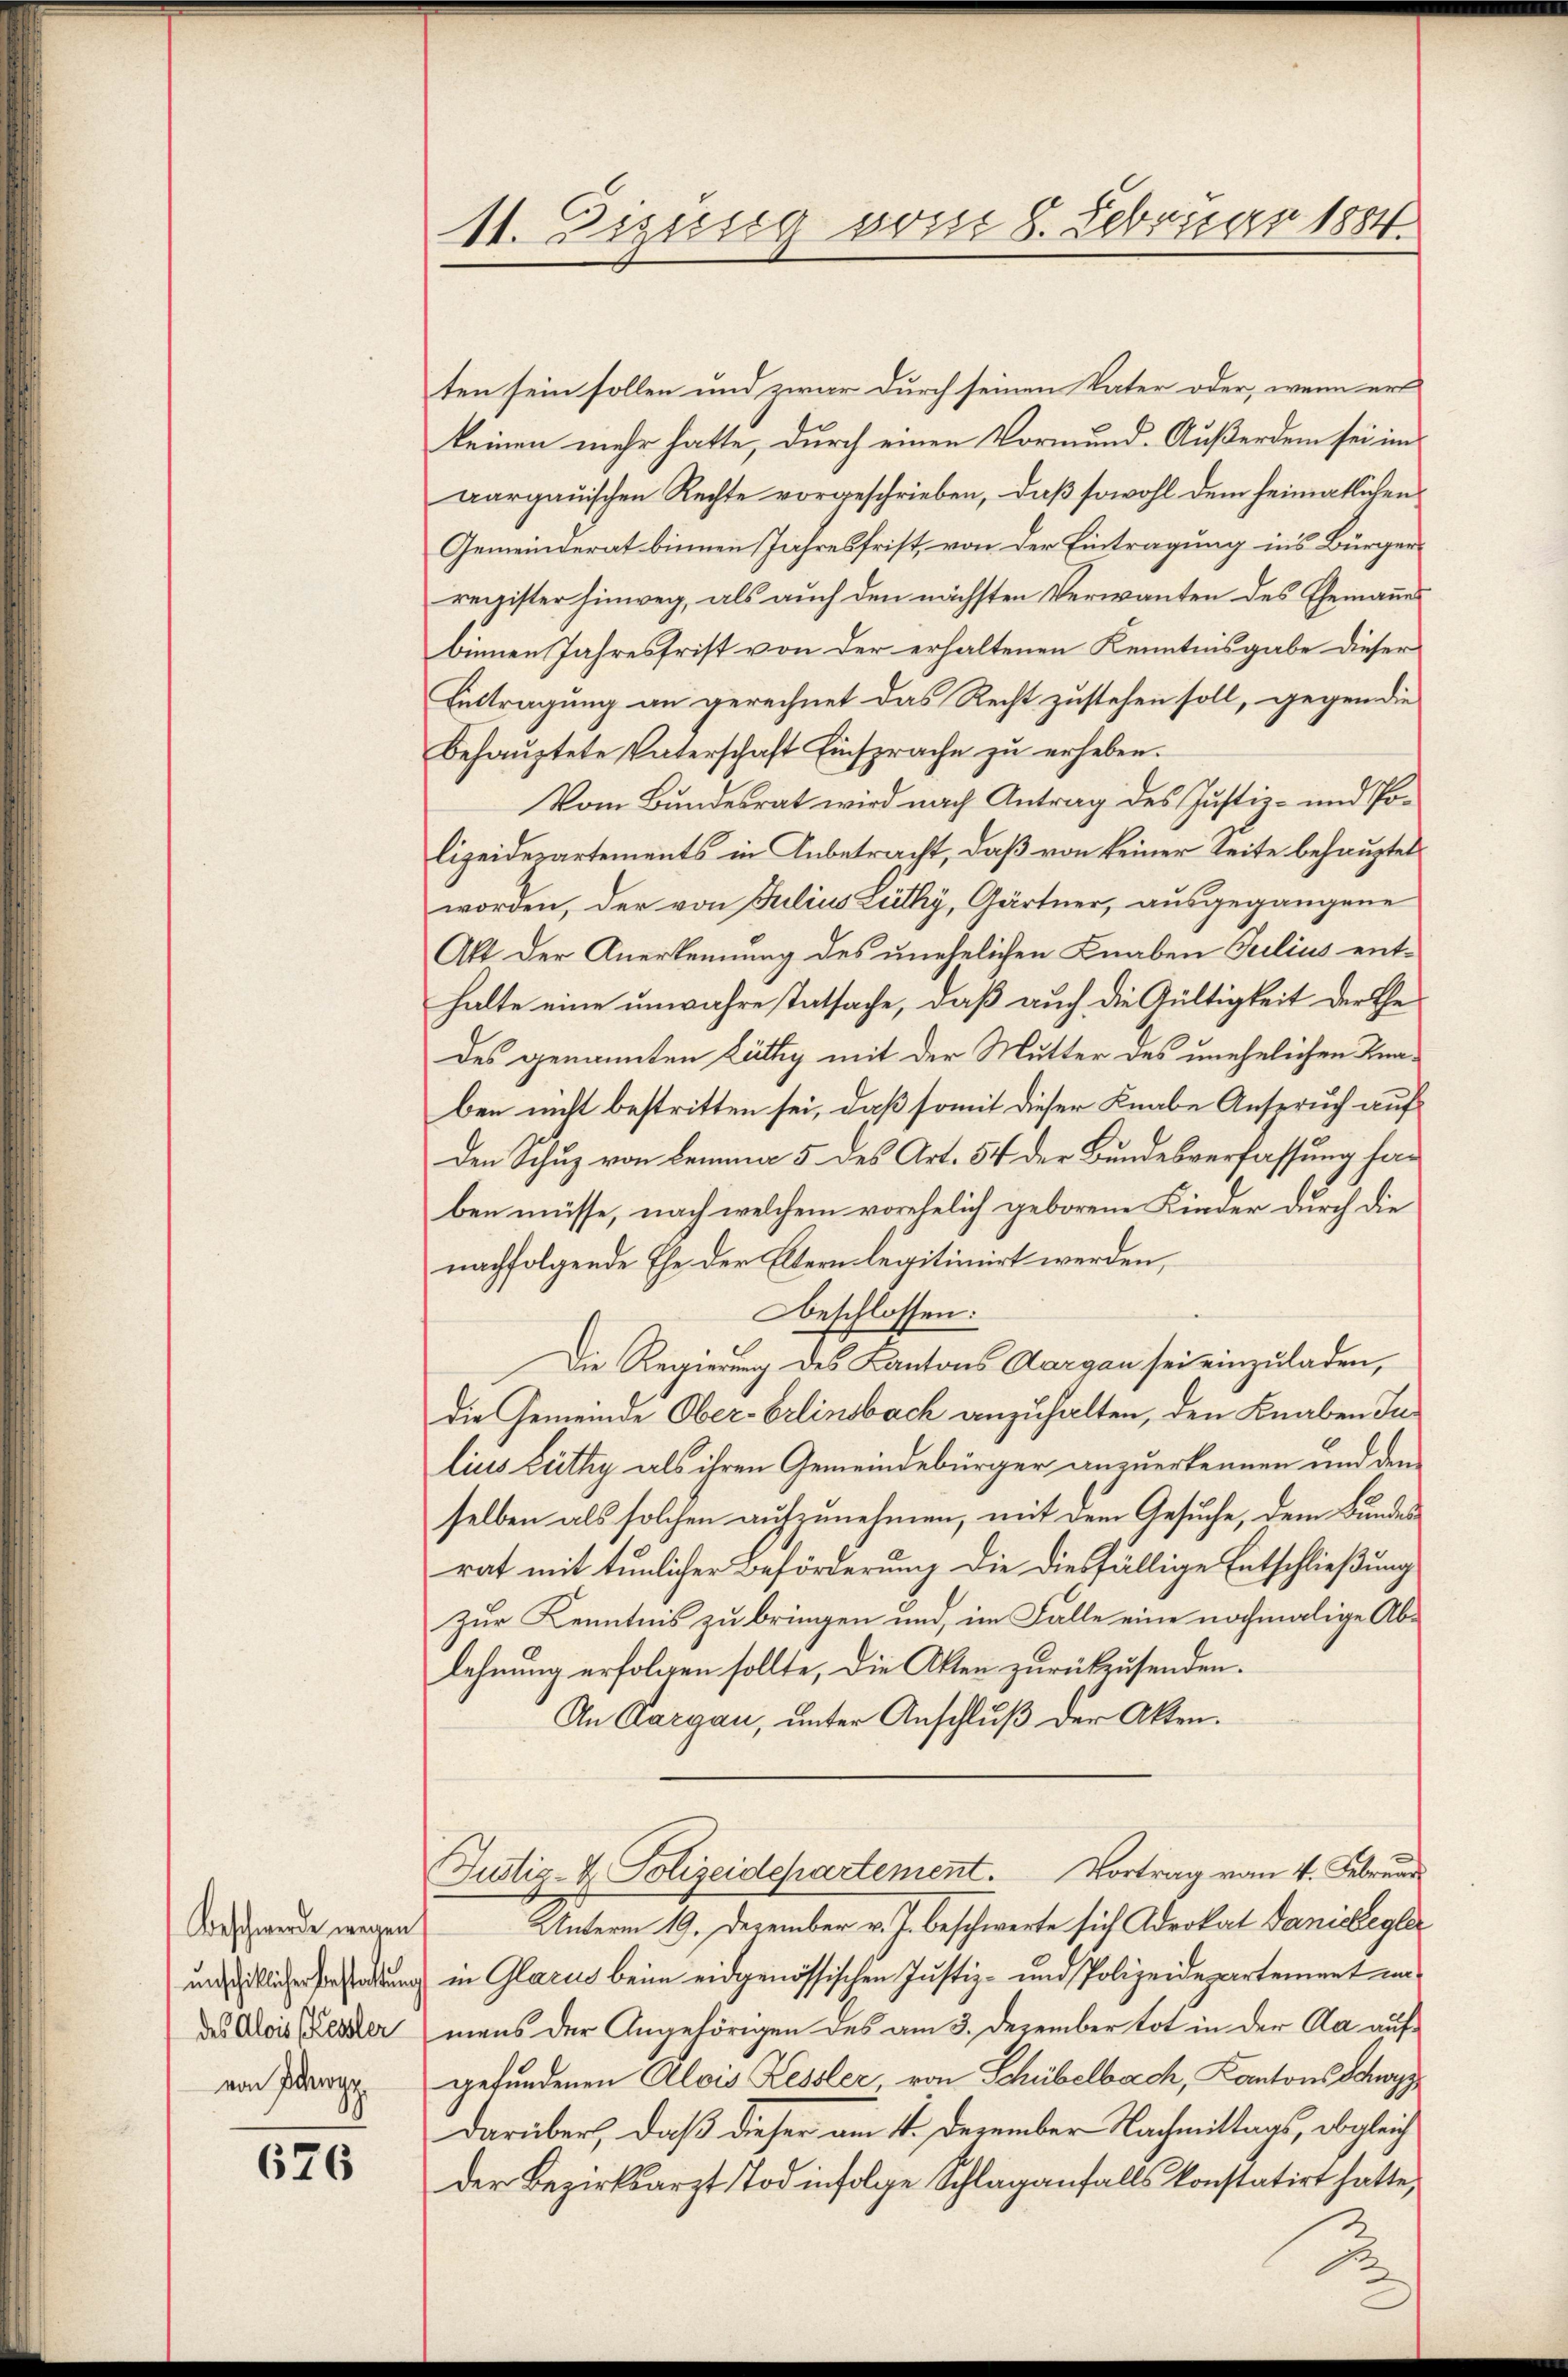
Beschwerde wegen
unschiklicher Bestattung
des Alois Kessler
von Schwyz

676

11. Eigung vom 8. Februar 1884.

ten sein sollen und zwar durch seinen Vater oder, wenn ert
keinen mehr hatte, durch einen Vormund-Außerdem sei im
aargauischen Rechte vorgeschrieben, daß sowohl dem heimatlichen
Gemeinderat binnen Jahresfrist, von der Eintragung in’s Bürgerregister hinweg, als auch den nächsten Verwanten des Ehemannes
bennen Jahresfrist von der erhaltenen Kenntnisgabe dieser
Enttragung an gerechnet das Recht zustehen soll, gegen die
behaŭptete Vaterschaft Einsprache zŭ erheben.
Vom Bundesrat wird nach Antrag des Justiz- und Polizeidepartements in Anbetracht, daß von keiner Seite behauptet
worden, der von Julius Lüthy, Gärtner, ausgegangene
Akt der Anerkennung des unehelichen Knaben Julius enthalte eine unwahre tatsache, daß auch die Gültigkeit der Ehe
des genannten Lüthy mit der Mutter des unehelichen Knaben nicht bestritten sei, daß somit dieser Knabe Anspruch auf
den Schuz von Lemma 5 des Art. 54 der Bundesverfassung haben müsse, nach welchem vorehelich geborene Kinder durch die
nachfolgende Ehe der Eltern legitimirt werden,
Beschlossen:
Die Regierung des Kantons Aargau sei einzuladen,
die Gemeinde Ober-Erlinsbach anzuhalten, den Knaben Ju
lius Lüthy als ihren Gemeindebürger anzuerkennen und den
selben als solchen aufzunehmen, mit dem Gesuche, dem Bundes
rat mit tunlicher Beförderung die diesfällige Entschließung
zur Kenntnis zu bringen und, im Falle eine nochmalige Ablehnung erfolgen sollte, die Akten zurückzusenden.
An Aargau, unter Anschluß der Akten.
Justiz- & Polizeidepartement. Vortrag vom 4. Februar
Unterm 19. Dezember v. J. beschwerte sich Adrokat Danicegler
in Glarus beim eidgenössischen Justiz- und Polizeidepartement unmens der Angehörigen des am 3. Dezember tot in der Aa aufgefundenen Alois Kessler, von Schübelbach, Kantons Schwyz
darüber, daß dieser am 11. Dezember Nachmittags, obgleich
Der Bezirksarzt Tod infolge Schlaganfalls konstatirt hatte,